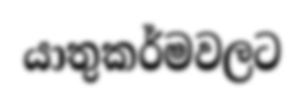
යාතුකර්මවලට